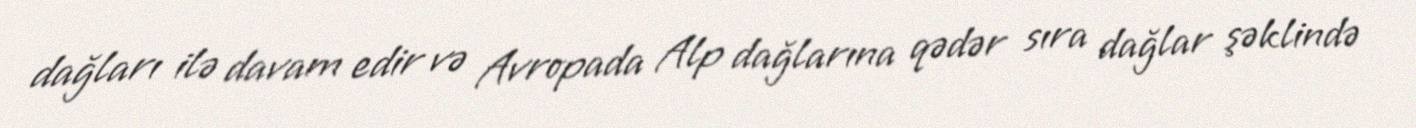
dağları ilə davam edir və Avropada Alp dağlarına qədər sıra dağlar şəklində